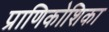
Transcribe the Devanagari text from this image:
प्राणिकोशिका